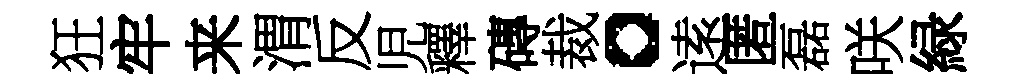
狂牢来渭反児釋磚裁。逺匿磊咲緑